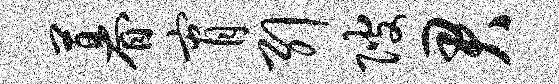
暮宵引陂君